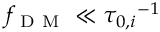
f _ { \mathrm { ~ D ~ M ~ } } \ll { \tau _ { 0 , i } } ^ { - 1 }